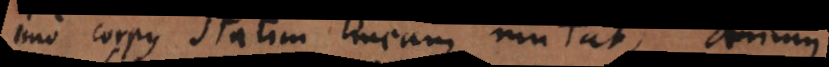
Imo corpus statim lineam mutat, animus